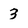
Character: 3